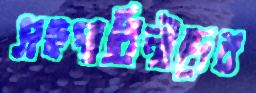
সহপাঠিনীদের